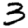
Digit: 3